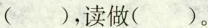
( )，读做( )。